Indian journal of veterinary science and animal husbandry - Volumes 22-23, 1952-1953
Year: 1952
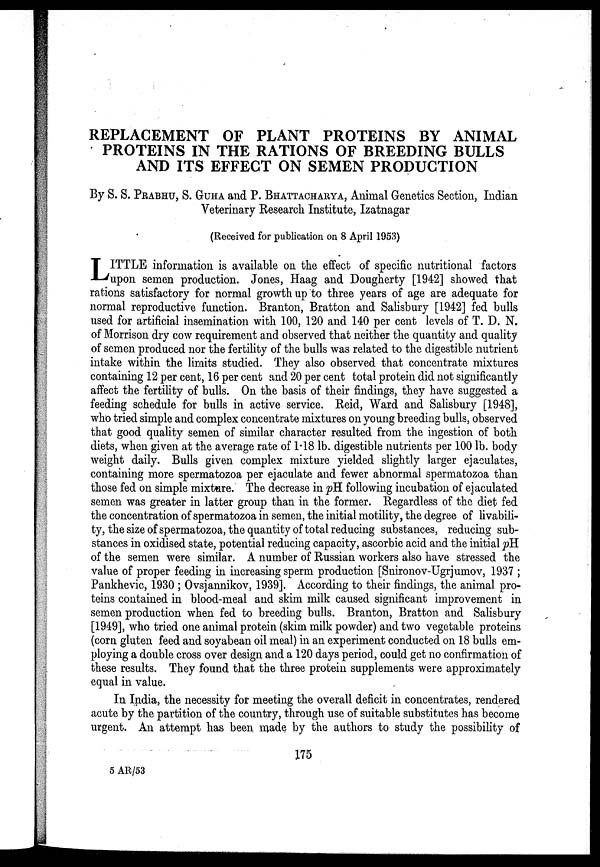
REPLACEMENT OF PLANT PROTEINS BY ANIMAL
PROTEINS IN THE RATIONS OF BREEDING BULLS
AND ITS EFFECT ON SEMEN PRODUCTION
By S. S. PRABHU, S. GUHA and P. BHATTACHARYA, Animal Genetics Section, Indian
Veterinary Research Institute, Izatnagar
(Received for publication on 8 April 1953)
L ITTLE information is available on the effect of specific nutritional factors
upon semen production. Jones, Haag and Dougherty [1942] showed that
rations satisfactory for normal growth up to three years of age are adequate for
normal reproductive function. Branton, Bratton and Salisbury [1942] fed bulls
used for artificial insemination with 100, 120 and 140 per cent levels of T. D. N.
of Morrison dry cow requirement and observed that neither the quantity and quality
of semen produced nor the fertility of the bulls was related to the digestible nutrient
intake within the limits studied. They also observed that concentrate mixtures
containing 12 per cent, 16 per cent and 20 per cent total protein did not significantly
affect the fertility of bulls. On the basis of their findings, they have suggested a
feeding schedule for bulls in active service. Reid, Ward and Salisbury [1948],
who tried simple and complex concentrate mixtures on young breeding bulls, observed
that good quality semen of similar character resulted from the ingestion of both
diets, when given at the average rate of 1.18 lb. digestible nutrients per 100 lb. body
weight daily. Bulls given complex mixture yielded slightly larger ejaculates,
containing more spermatozoa per ejaculate and fewer abnormal spermatozoa than
those fed on simple mixture. The decrease in pH following incubation of ejaculated
semen was greater in latter group than in the former. Regardless of the diet fed
the concentration of spermatozoa in semen, the initial motility, the degree of livabili-
ty, the size of spermatozoa, the quantity of total reducing substances, reducing sub-
stances in oxidised state, potential reducing capacity, ascorbic acid and the initial pH.
of the semen were similar. A number of Russian workers also have stressed the
value of proper feeding in increasing sperm production [Snironov-Ugrjumov, 1937 ;
Pankhevic, 1930 ; Ovsjannikov, 1939]. According to their findings, the animal pro-
teins contained in blood-meal and skim milk caused significant improvement in
semen production when fed to breeding bulls. Branton, Bratton and Salisbury
[1949], who tried one animal protein (skim milk powder) and two vegetable proteins
(corn gluten feed and soyabean oil meal) in an experiment conducted on 18 bulls em-
ploying a double cross over design and a 120 days period, could get no confirmation of
these results. They found that the three protein supplements were approximately
equal in value.
In India, the necessity for meeting the overall deficit in concentrates, rendered
acute by the partition of the country, through use of suitable substitutes has become
urgent. An attempt has been made by the authors to study the possibility of
175
5 AR/53